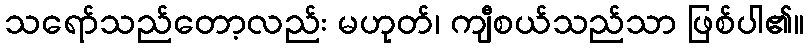
သရော်သည်တော့လည်း မဟုတ်၊ ကျီစယ်သည်သာ ဖြစ်ပါ၏။